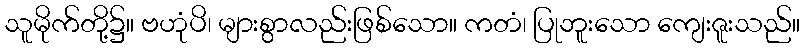
သူမိုက်တို့၌။ ဗဟုံပိ၊ များစွာလည်းဖြစ်သော။ ကတံ၊ ပြုဘူးသော ကျေးဇူးသည်။